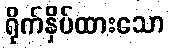
ရိုက်နှိပ်ထားသော